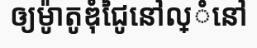
ឲ្យម៉ូាតូឌុំជៃូនៅល្ំនៅ